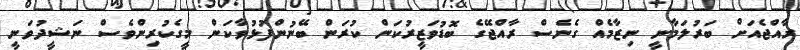
ރާއްޖެއަށް ބަރުލަމާނީ ނިޒާމެއް ގެނެސް ރާއްޖޭގެ ބޮޑުވަޒީރުކަން ކުރަން ބޭނުންފުޅުވާކަން މީގެކުރިންވެސް ނަޝީދުވަނީ